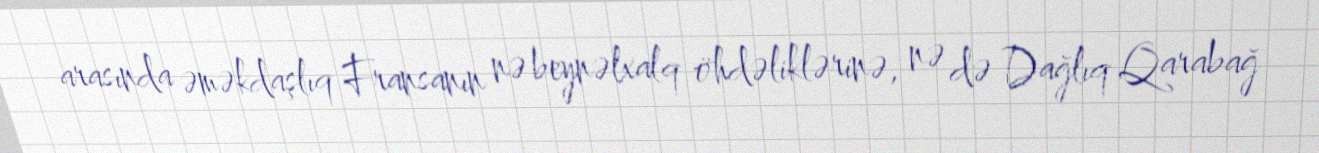
arasında əməkdaşlıq Fransanın nə beynəlxalq öhdəliklərinə, nə də Dağlıq Qarabağ